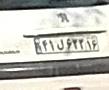
۴۱ل۶۳۳۱۶